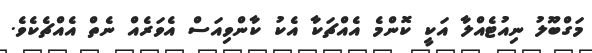
މަގްބޫލު ނިއުޓެއްލާ އަކީ ކޮންމެ އެއްޗަކާ އެކު ކާންވިއަސް އެވަރެއް ނެތް އެއްޗެކެވެ.